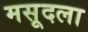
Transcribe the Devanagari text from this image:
मसूदला